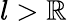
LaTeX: l>\mathbb{R}